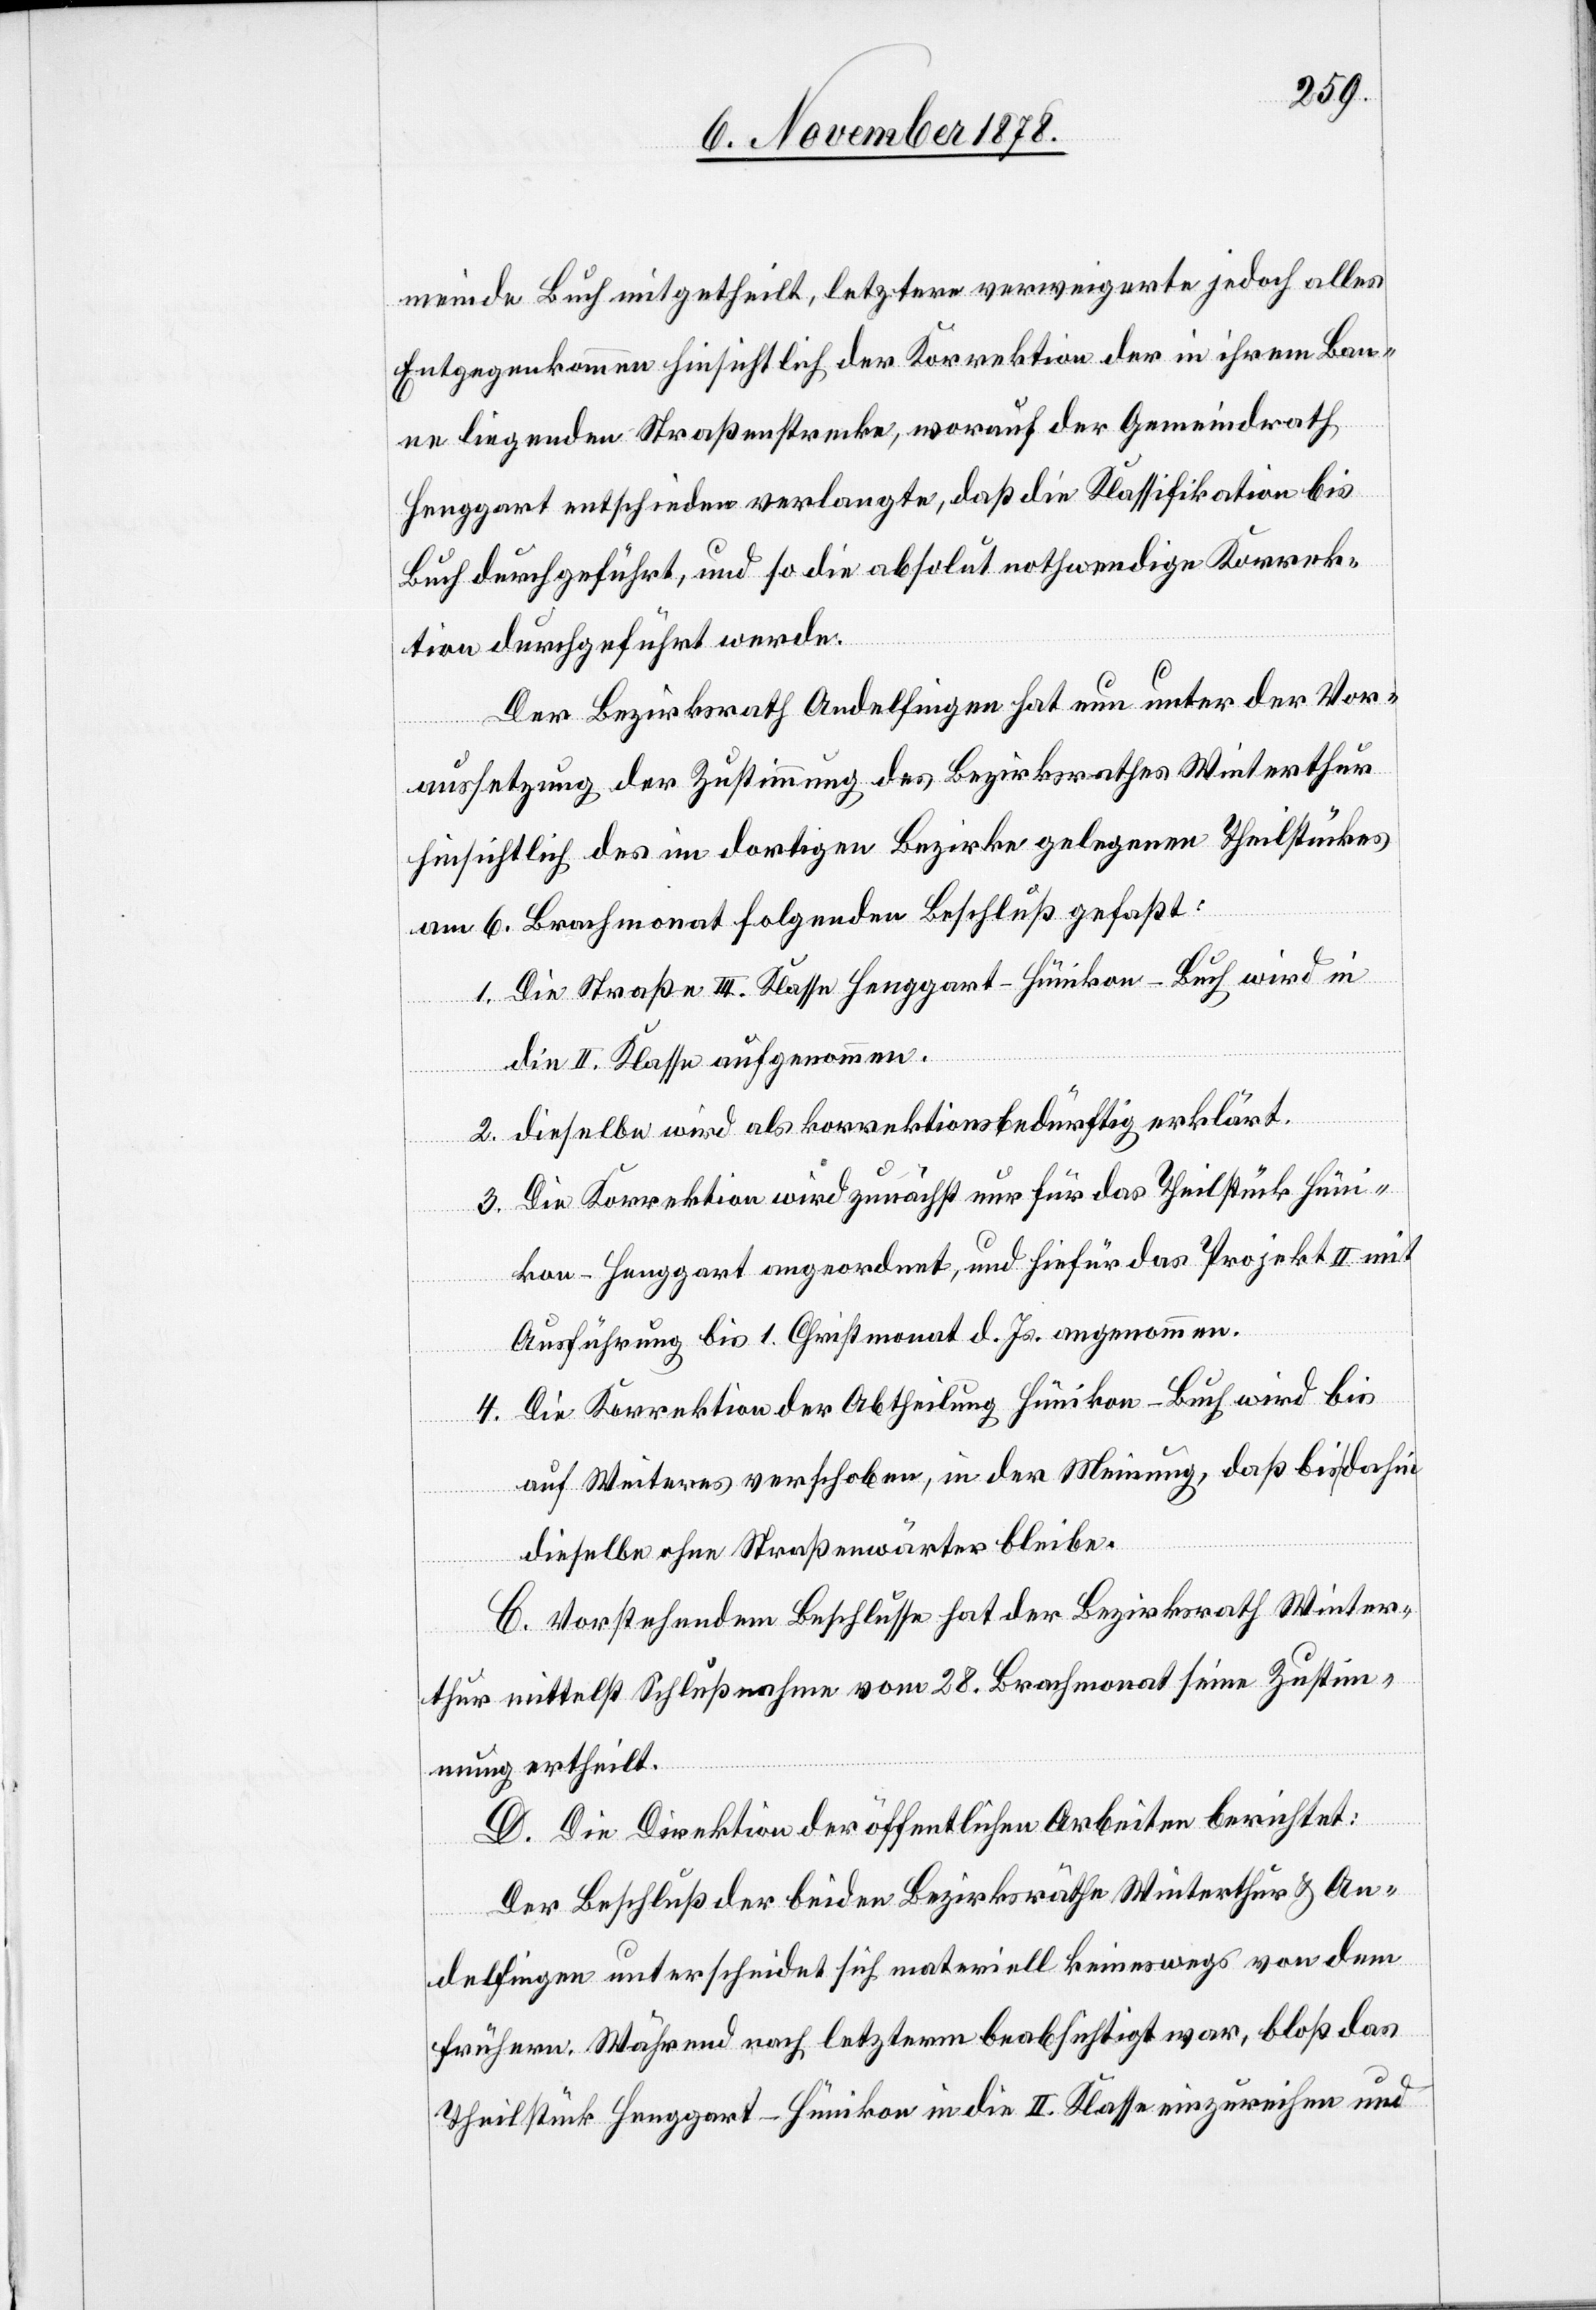
meinde Buch mitgetheilt, letztere verweigerte jedoch alles
Entgegenkommen hinsichtlich der Korrektion der in ihrem Ban¬
ne liegenden Straßenstrecke, worauf der Gemeindrath
Henggart entschieden verlangte, daß die Klassifikation bis
Buch durchgeführt, und so die absolut nothwendige Korrek¬
tion durchgeführt werde.
Der Bezirksrath Andelfingen hat nun unter der Vor¬
aussetzung der Zustimmung des Bezirksrathes Winterthur
hinsichtlich des im dortigen Bezirke gelegenen Theilstückes
am 6. Brachmonat folgenden Beschluß gefaßt:
1. Die Straße III. Klasse Henggart–Hünikon–Buch wird in
die II. Klasse aufgenommen.
2. Dieselbe wird als korrektionsbedürftig erklärt.
3. Die Korrektion wird zunächst nur für das Theilstück Hüni¬
kon–Henggart angeordnet, und hiefür das Projekt II mit
Ausführung bis 1. Christmonat d. Js. angenommen.
4. Die Korrektion der Abtheilung Hünikon–Buch wird bis
auf Weiteres verschoben, in der Meinung, daß bis dahin
dieselbe ohne Straßenwärter bleibe.
C. Vorstehendem Beschlusse hat der Bezirksrath Winter¬
thur mittelst Schlußnahme vom 28. Brachmonat seine Zustim¬
mung ertheilt.
D. Die Direktion der öffentlichen Arbeiten berichtet:
Der Beschluß der beiden Bezirksräthe Winterthur & An¬
delfingen unterscheidet sich materiell keineswegs von dem
frühern. Während nach letzterm beabsichtigt war, bloß das
Theilstück Henggart–Hünikon in die II. Klasse einzureichen und